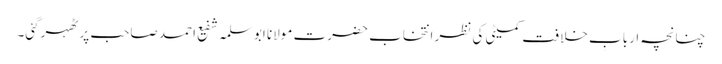
چنانچہ اربابِ خلافت کمیٹی کی نظر انتخاب حضرت مولانا ابوسلمہ شفیع احمد صاحب پر ٹھہرگئی۔